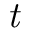
\mathit { t }